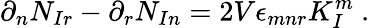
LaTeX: \partial_{n}N_{Ir}-\partial_{r}N_{In}=2V\epsilon_{mnr}K_{I}^{m}\ .